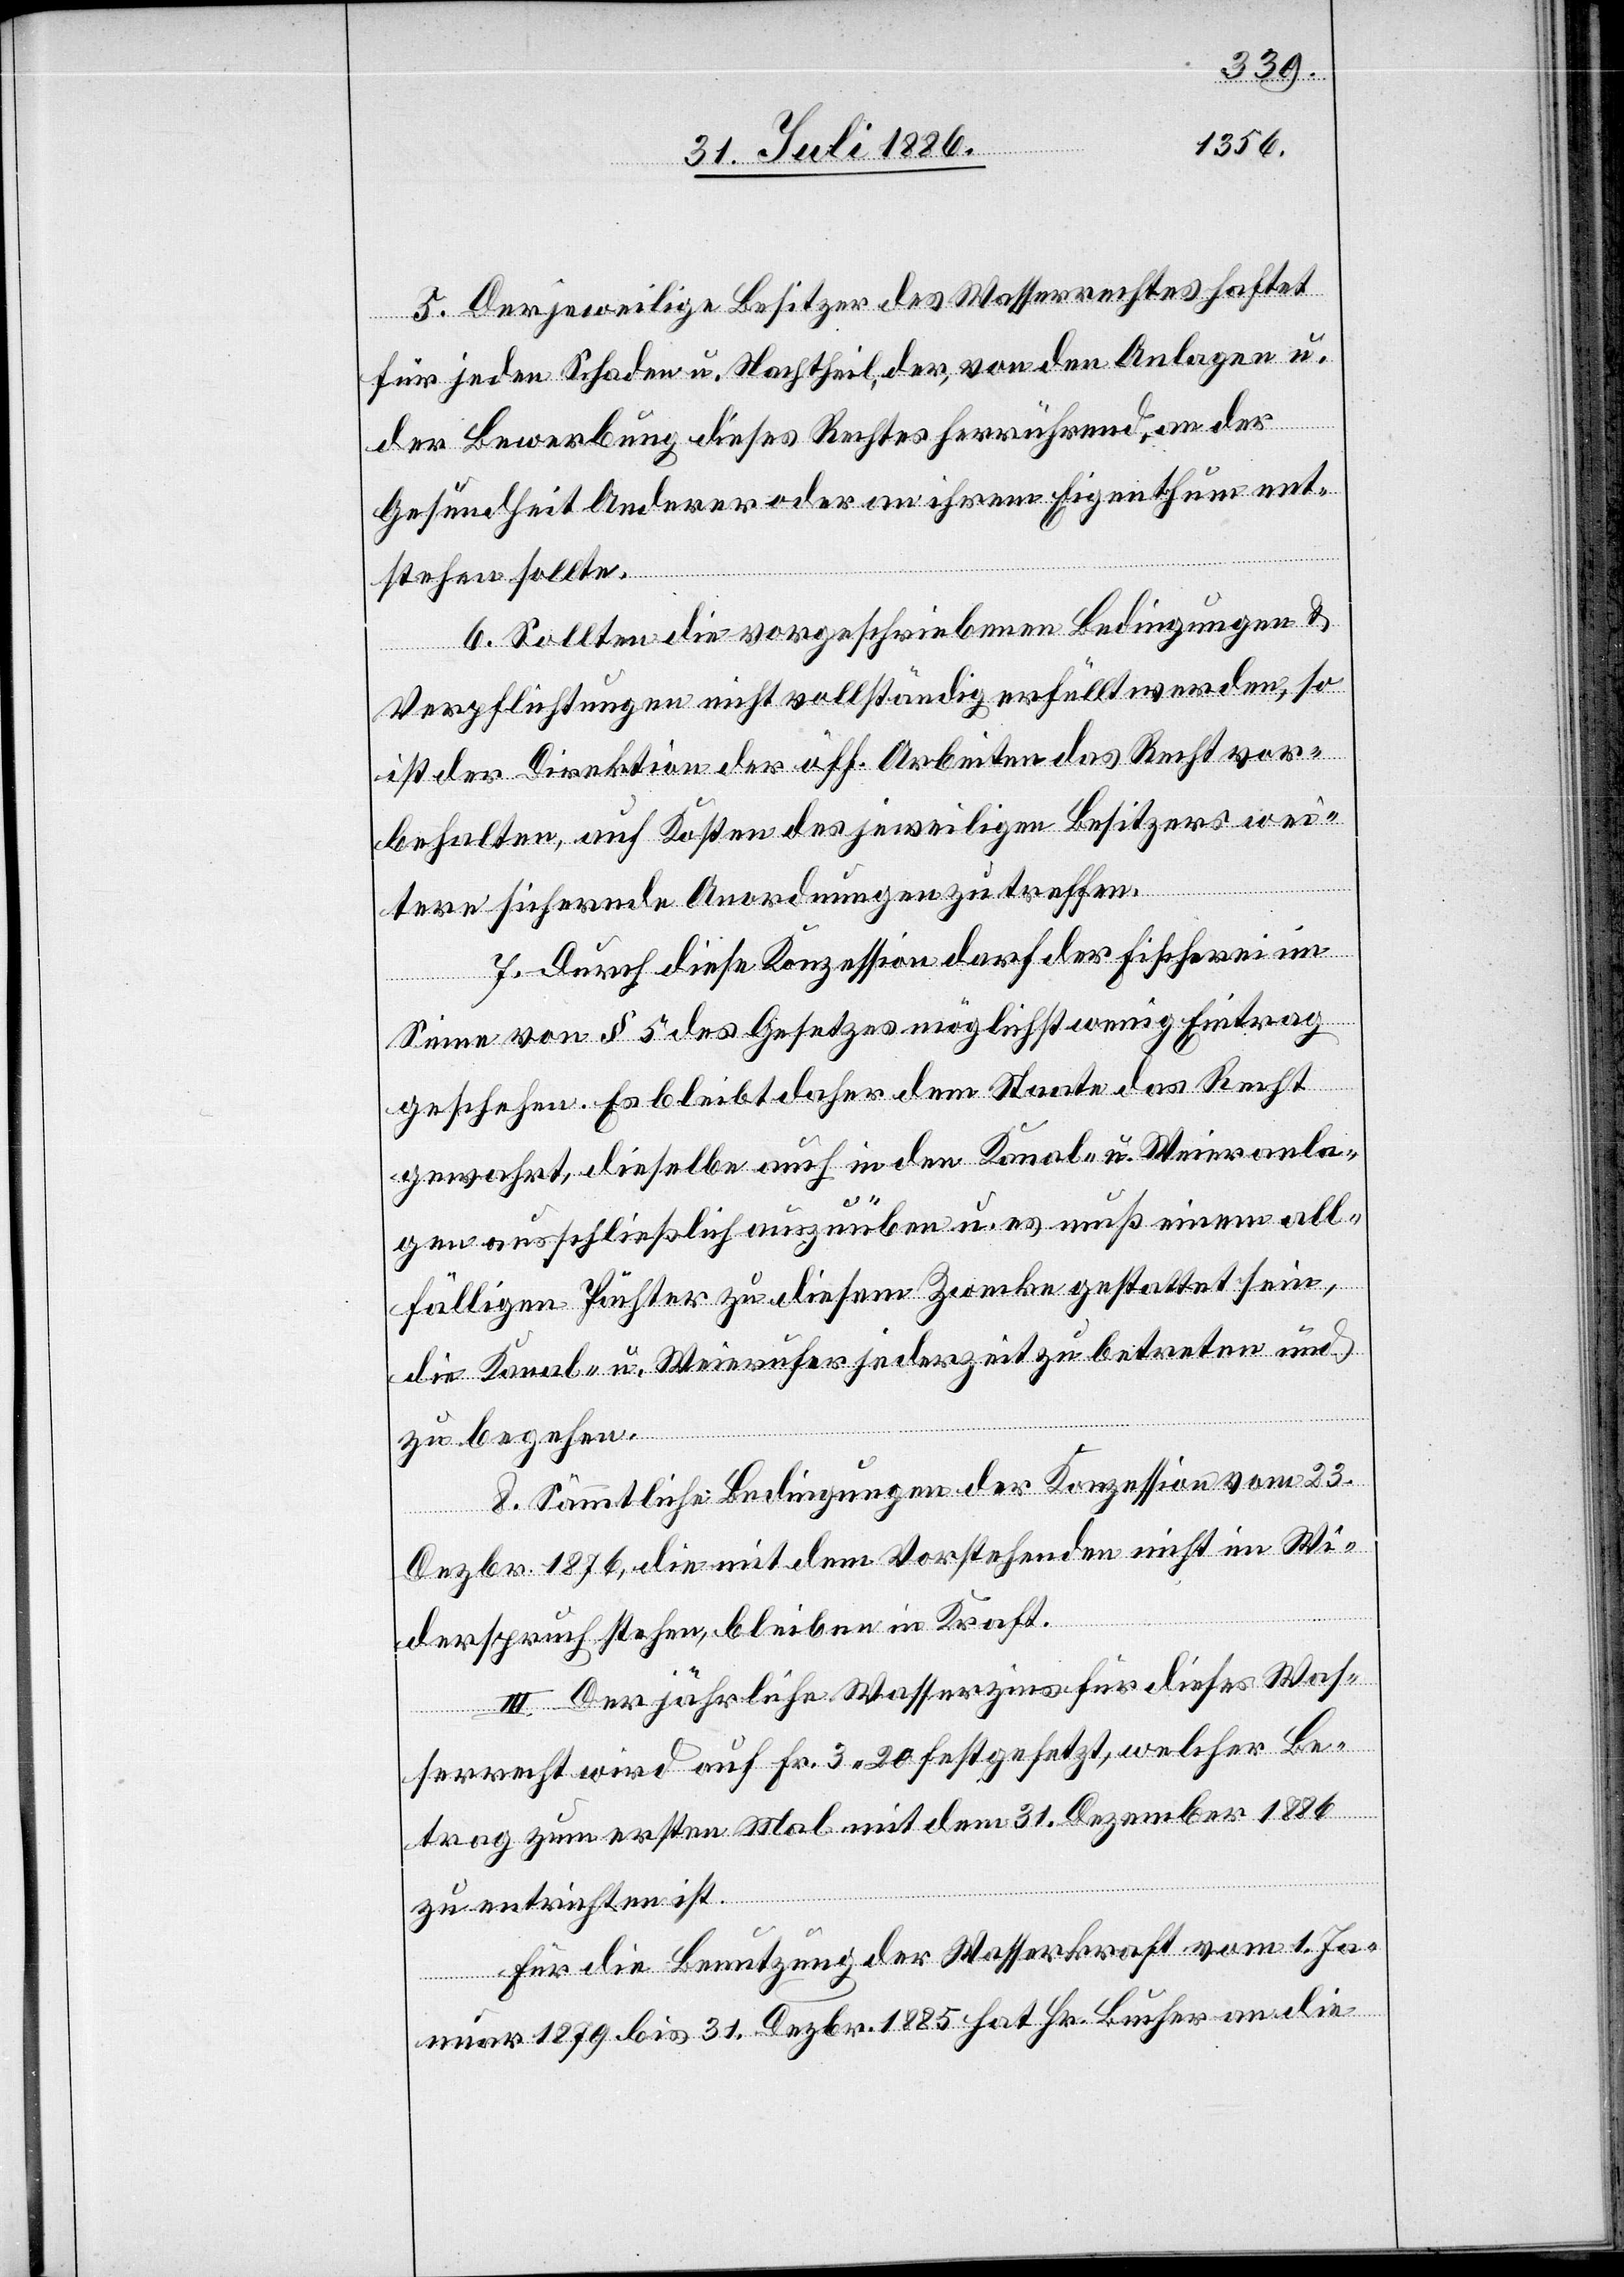
5. Der jeweilige Besitzer des Wasserrechtes haftet
für jeden Schaden u. Nachtheil, der, von den Anlagen u.
der Bewerbung dieses Rechtes herrührend, an der
Gesundheit Anderer oder an ihrem Eigenthum ent¬
stehen sollte.
6. Sollten die vorgeschriebenen Bedingungen &
Verpflichtungen nicht vollständig erfüllt werden, so
ist der Direktion der öff. Arbeiten das Recht vor¬
behalten auf Kosten des jeweiligen Besitzers wei¬
tere sichernde Anordnungen zu treffen.
7. Durch diese Konzession darf der Fischerei im
Sinne von § 5 des Gesetzes möglichst wenig Eintrag
geschehen. Es bleibt daher dem Staate das Recht
gewahrt, dieselbe auch in den Kanal- u. Weieranla¬
gen ausschließlich auszuüben u. es muß einem all¬
fälligen Pächter zu diesem Zwecke gestattet sein,
die Kanal- u. Weierufer jederzeit zu betreten und
zu begehen.
8. Sämmtliche Bedingungen der Konzession vom 23.
Dezbr. 1876, die mit dem Vorstehenden nicht im Wi¬
derspruch stehen, bleiben in Kraft.
III. Der jährliche Wasserzins für dieses Was¬
serrecht wird auf Fr. 3 20 festgesetzt, welcher Be¬
trag zum ersten Mal mit dem 31. Dezember 1886
zu entrichten ist.
Für die Benutzung der Wasserkraft vom 1. Ja¬
nuar 1879 bis 31. Dezbr. 1885 hat Hr. Bucher an die